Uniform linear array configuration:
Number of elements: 8
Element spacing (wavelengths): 1
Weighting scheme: hamming
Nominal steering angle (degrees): -45
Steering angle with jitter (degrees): -46.367
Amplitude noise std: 0.05
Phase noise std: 0.05

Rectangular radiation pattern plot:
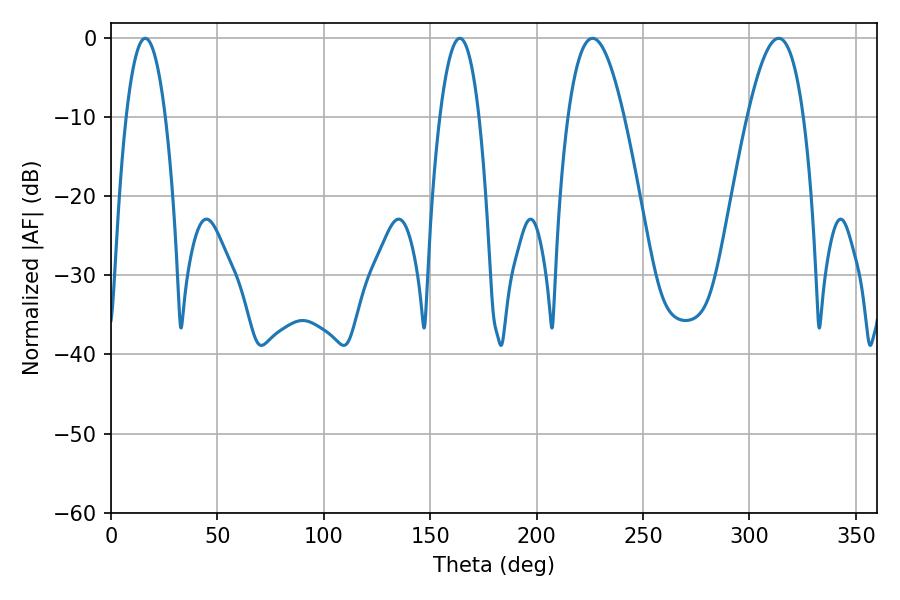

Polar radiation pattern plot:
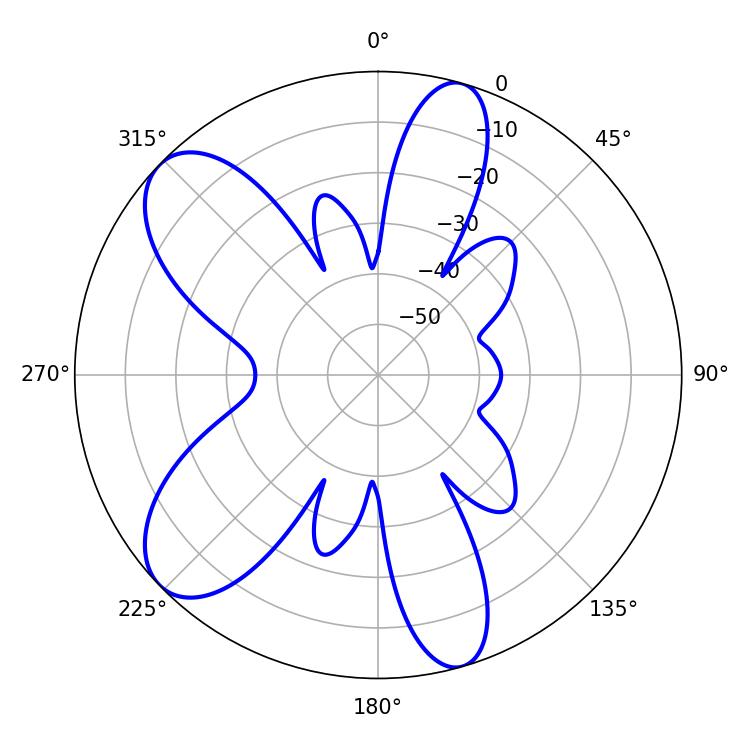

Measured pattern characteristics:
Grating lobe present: TRUE
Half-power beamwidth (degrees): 14.4
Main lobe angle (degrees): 226.26